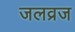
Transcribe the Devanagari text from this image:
जलव्रज